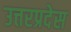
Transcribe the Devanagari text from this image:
उत्तरप्रदेस